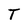
Character: T